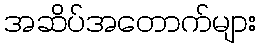
အဆိပ်အတောက်များ